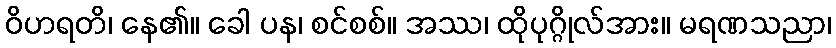
ဝိဟရတိ၊ နေ၏။ ခေါ ပန၊ စင်စစ်။ အဿ၊ ထိုပုဂ္ဂိုလ်အား။ မရဏသညာ၊